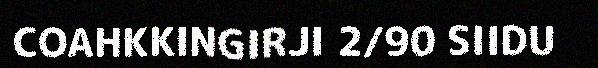
COAHKKINGIRJI 2/90 SIIDU